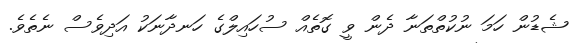
ޝެޑުން ހަމަ ނުކުތްތަނާ ދެން ވީ ގޮތެއް ސުހައިލްގެ ހަނދާނަކު އަދިވެސް ނެތެވެ.